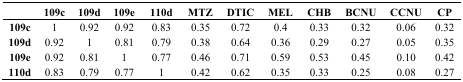
<table><thead><tr><td></td><td><b>109c</b></td><td><b>109d</b></td><td><b>109e</b></td><td><b>110d</b></td><td><b>MTZ</b></td><td><b>DTIC</b></td><td><b>MEL</b></td><td><b>CHB</b></td><td><b>BCNU</b></td><td><b>CCNU</b></td><td><b>CP</b></td></tr></thead><tbody><tr><td><b>109c</b></td><td>1</td><td>0.92</td><td>0.92</td><td>0.83</td><td>0.35</td><td>0.72</td><td>0.4</td><td>0.33</td><td>0.32</td><td>0.06</td><td>0.32</td></tr><tr><td><b>109d</b></td><td>0.92</td><td>1</td><td>0.81</td><td>0.79</td><td>0.38</td><td>0.64</td><td>0.36</td><td>0.29</td><td>0.27</td><td>0.05</td><td>0.35</td></tr><tr><td><b>109e</b></td><td>0.92</td><td>0.81</td><td>1</td><td>0.77</td><td>0.46</td><td>0.71</td><td>0.59</td><td>0.53</td><td>0.45</td><td>0.10</td><td>0.42</td></tr><tr><td><b>110d</b></td><td>0.83</td><td>0.79</td><td>0.77</td><td>1</td><td>0.42</td><td>0.62</td><td>0.35</td><td>0.33</td><td>0.25</td><td>0.08</td><td>0.27</td></tr></tbody></table>